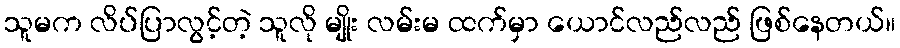
သူမက လိပ်ပြာလွင့်တဲ့ သူလို မျိုး လမ်းမ ထက်မှာ ယောင်လည်လည် ဖြစ်နေတယ်။